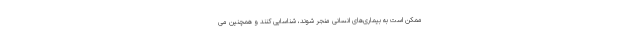
ممکن است به بیماری‌های انسانی منجر شوند، شناسایی کنند و همچنین می